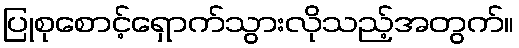
ပြုစုစောင့်ရှောက်သွားလိုသည့်အတွက်။